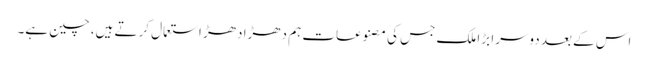
اس کے بعد دوسرا بڑا ملک جس کی مصنوعات ہم دھڑا دھڑ استعمال کرتے ہیں، چین ہے۔